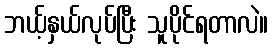
ဘယ့်နှယ်လုပ်ပြီး သူပိုင်ရတာလဲ။